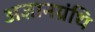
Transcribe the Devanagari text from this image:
अज्ञानग्रंथि